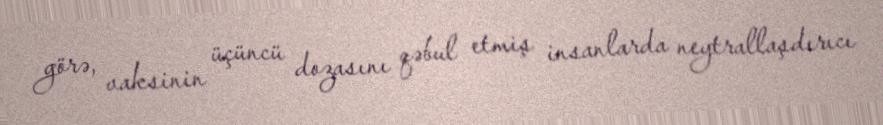
görə, vaksinin üçüncü dozasını qəbul etmiş insanlarda neytrallaşdırıcı